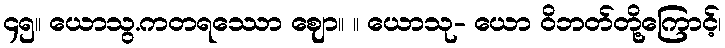
၄၅။ ယောသွ.ကတရဿော ဈော။ ။ ယောသု- ယော ဝိဘတ်တို့ကြောင့်၊